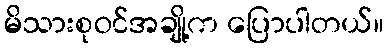
မိသားစုဝင်အချို့က ပြောပါတယ်။